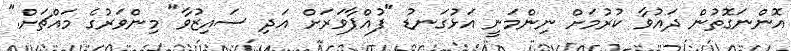
އޮންނަގޮތުން ދައުވާ ކުރުމަށް ނިންމަނީ އަޅުގަނޑު "ފުއްޕާވަރަށް އަދި ސައިޒުވާ" މިންވަރުގެ މައްޗަށް."